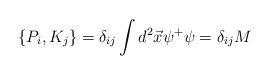
LaTeX: \begin{align*}\{P_{i}, K_{j}\} = \delta_{ij} \int d^{2}\vec{x}\psi^{+}\psi =\delta_{ij}M\end{align*}